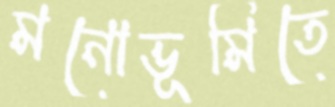
মনোভূমিতে